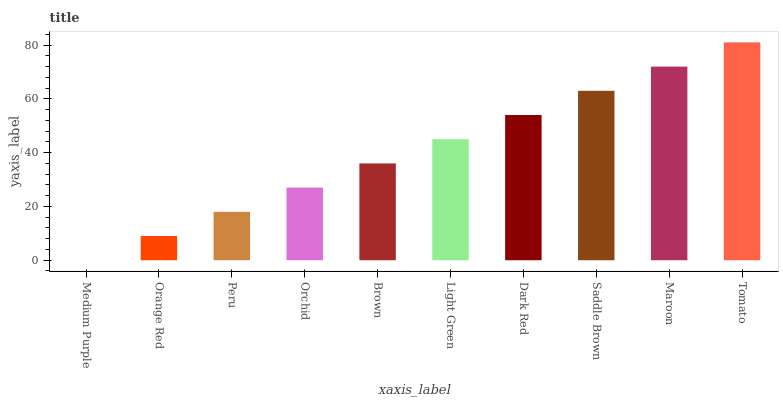
| xaxis_label | bars |
 | --- | --- |
 | Medium Purple | 0 |
 | Orange Red | 9 |
 | Peru | 18 |
 | Orchid | 27 |
 | Brown | 36 |
 | Light Green | 45 |
 | Dark Red | 54 |
 | Saddle Brown | 63 |
 | Maroon | 72 |
 | Tomato | 81 |